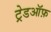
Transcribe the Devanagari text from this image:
ट्रेडऑफ़